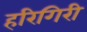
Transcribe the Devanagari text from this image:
हरिगिरी